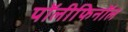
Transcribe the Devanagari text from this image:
पॉलीफिनॉल